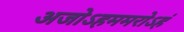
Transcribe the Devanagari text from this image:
अजोऽहममरोऽहं